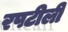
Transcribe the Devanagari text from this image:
रपटीली